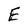
Character: E